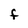
Character: F